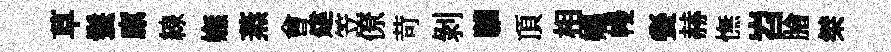
草鬟廪線嫵蒸㑹建笠僚苛剝驩頂相媪幔餐赫憮岧膾桀